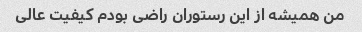
من همیشه از این رستوران راضی بودم کیفیت عالی